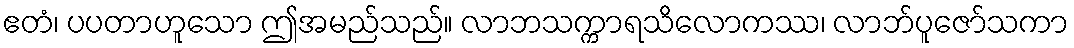
ဧတံ၊ ပပတာဟူသော ဤအမည်သည်။ လာဘသက္ကာရသိလောကဿ၊ လာဘ်ပူဇော်သကာ